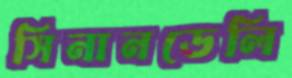
সিনানডেলি